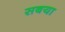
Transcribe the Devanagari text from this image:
सबया